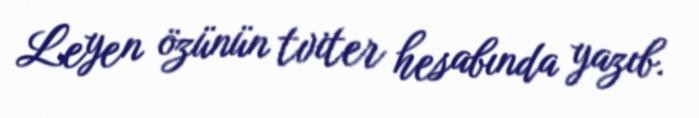
Leyen özünün tviter hesabında yazıb.